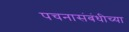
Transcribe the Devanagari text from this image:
पचनासंबंधीच्या